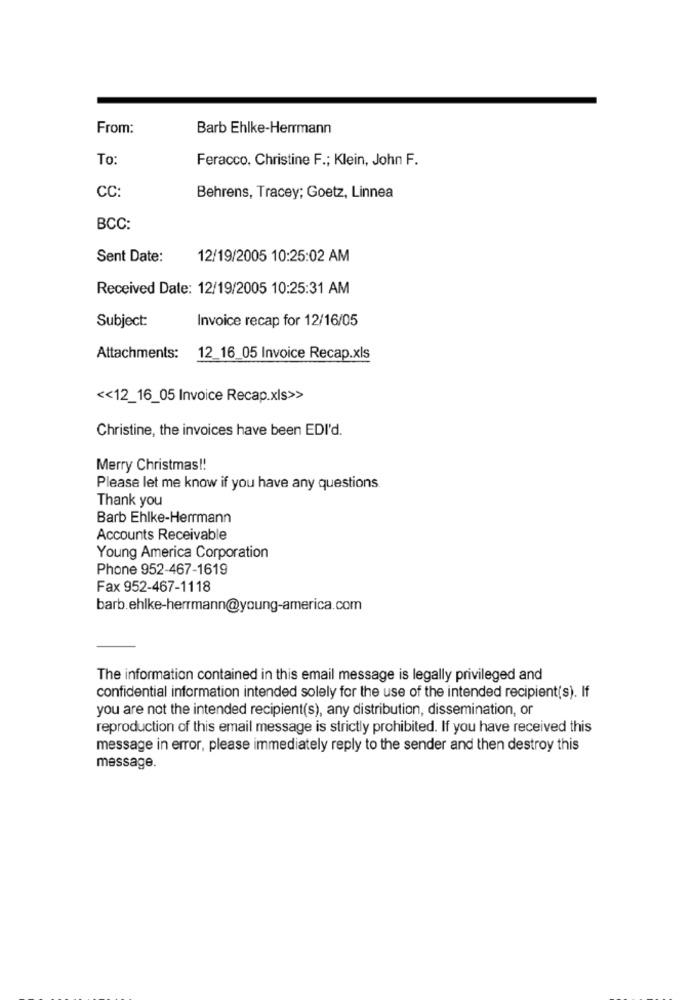
From:
Barb Ehlke-Herrmann
To:
Feracco. Christine F .; Klein, John F.
CC:
Behrens, Tracey; Goetz, Linnea
BCC:
Sent Date:
12/19/2005 10:25:02 AM
Received Date: 12/19/2005 10:25:31 AM
Subject:
Invoice recap for 12/16/05
Attachments: 12_16_05 Invoice Recap.xls
<< 12_16_05 Invoice Recap.xls>>
Christine, the invoices have been EDI'd.
Merry Christmas !!
Please let me know if you have any questions
Thank you
Barb Ehlke-Herrmann
Accounts Receivable
Young America Corporation
Phone 952-467-1619
Fax 952-467-1118
barb.ehlke-herrmann@young-america.com
The information contained in this email message is legally privileged and
confidential information intended solely for the use of the intended recipient(s). If
you are not the intended recipient(s), any distribution, dissemination, or
reproduction of this email message is strictly prohibited. If you have received this
message in error, please immediately reply to the sender and then destroy this
message.